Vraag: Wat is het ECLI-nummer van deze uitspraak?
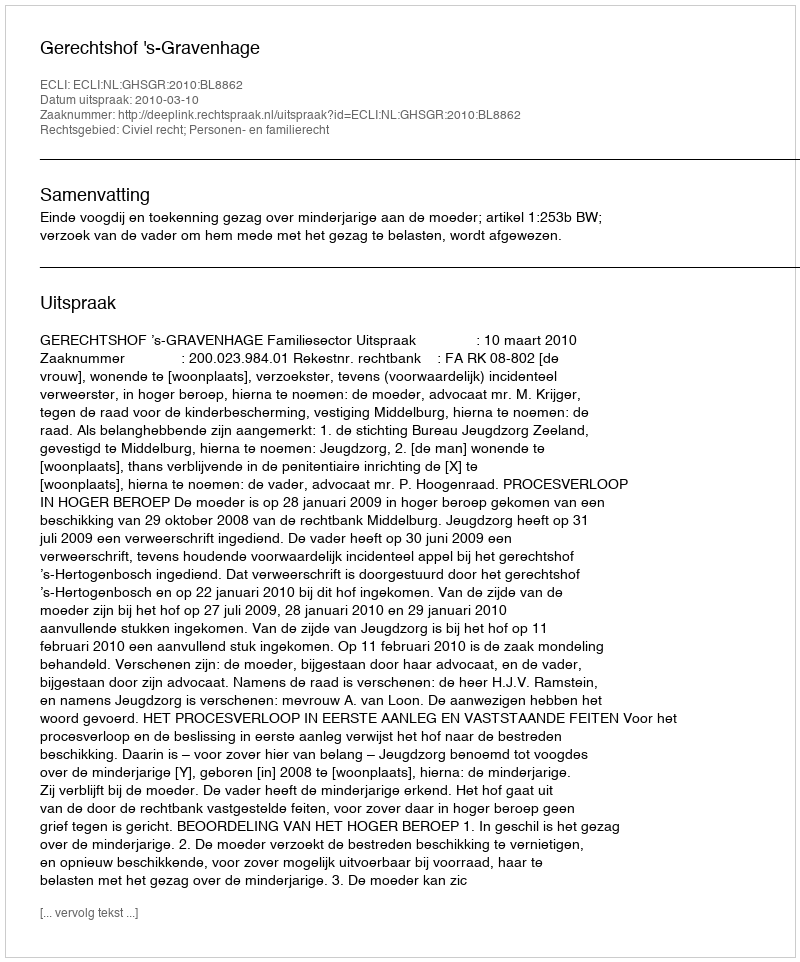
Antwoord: ECLI:NL:GHSGR:2010:BL8862